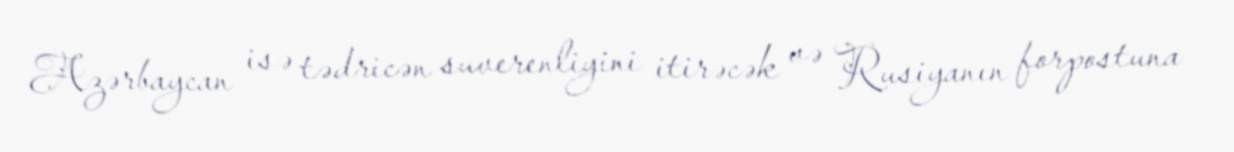
Azərbaycan isə tədricən suverenliyini itirəcək və Rusiyanın forpostuna